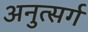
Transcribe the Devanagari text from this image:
अनुत्सर्ग